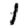
Digit: 1